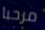
مرحبا